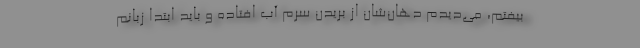
بیفتم، می‌دیدم دهان‌شان از بریدن سرم آب افتاده و باید ابتدا زبانم